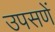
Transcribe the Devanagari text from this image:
उपसणें